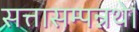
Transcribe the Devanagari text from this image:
सत्तासम्पन्नथे।